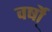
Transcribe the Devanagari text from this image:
वर्षो्ं